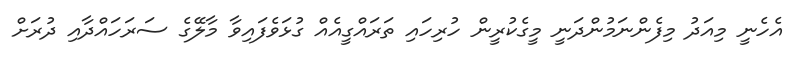
އެހެނީ މިއަދު މިފެންނަމުންދަނީ މީގެކުރީން ހުރިހައި ތަރައްގީއެއް ގުޅަވެފައިވާ މާލޭގެ ސަރަހައްދާއި ދުރަށް